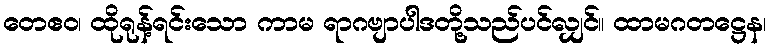
တေဧဝ၊ ထိုရုန့်ရင်းသော ကာမ ရာဂဗျာပါဒတို့သည်ပင်လျှင်။ ထာမဂတဋ္ဌေန၊